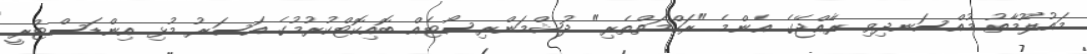
މައުލޫމާތު މުއްސަނދިވި ރާއްޖޭގެ އެންމެ "ރަހްމަތްތެރި" ދުޝްމަންރިސޯޓެއް ބޮއިކޮޓްކުރުމުގެ އަސަރު މުޅި އިންޑަސްޓްރީ